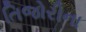
તિજોરીના